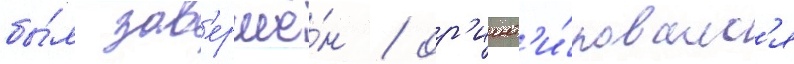
бы́л зав'ершё́н / ор'иент'и́ровалс'я